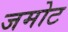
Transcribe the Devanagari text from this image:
जमोट